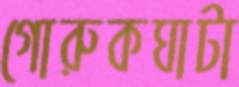
গোরুকঘাটা